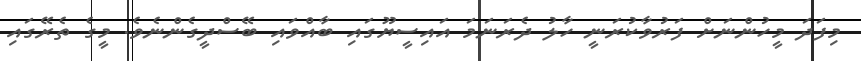
މިފަދަ މީހުންނަށް ފަރުވާކުރަނީ ހާލު ދެރަނަމަ އައިސީޔޫގައި ބާއްވައި ބޭސްދީގެންނެވެ. މީގެ ތެރޭގައި